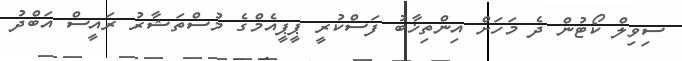
ސިވިލް ކޯޓުން ދެ މަހަށް އިންތިޚާބު ފަސްކުރީ ޕީޕީއެމްގެ މުސްތަޝާރު ރައީސް އަބްދު